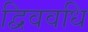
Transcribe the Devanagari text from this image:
द्विववधि